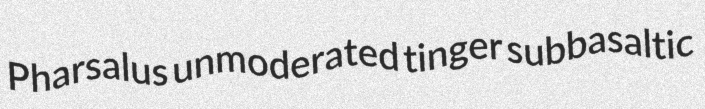
Pharsalus unmoderated tinger subbasaltic